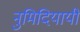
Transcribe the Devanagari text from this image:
नुमिदियायी